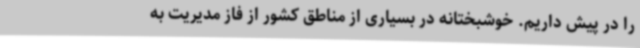
را در پیش داریم. خوشبختانه در بسیاری از مناطق کشور از فاز مدیریت به